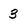
Character: 3